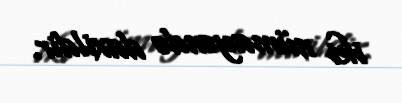
iki nümayəndə daxildir.